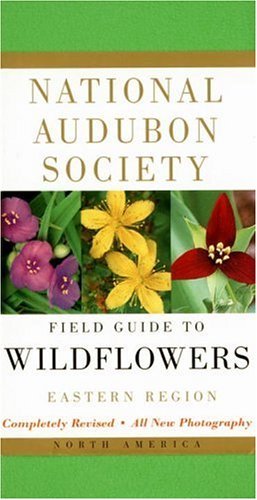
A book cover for National Audubon Society Field Guide to North American Wildflowers--E: Eastern Region - Revised Edition; NATIONAL AUDUBON SOCIETY; Science & Math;